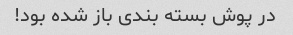
در پوش بسته بندى باز شده بود!